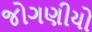
જોગણીયો